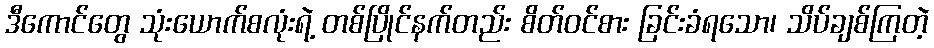
ဒီကောင်တွေ သုံးယောက်စလုံးရဲ့ တစ်ပြိုင်နက်တည်း စိတ်ဝင်စား ခြင်းခံရသော၊ သိပ်ချစ်ကြတဲ့